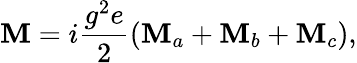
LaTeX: {\cal\mathbf{M}}=i\frac{{g^{2}e}}{{2}}\left({\cal\mathbf{M}}_{a}+{\cal\mathbf{M}}_{b}+{\cal\mathbf{M}}_{c}\right),